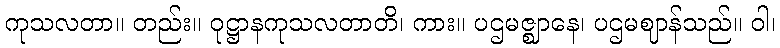
ကုသလတာ။ တည်း။ ဝုဋ္ဌာနကုသလတာတိ၊ ကား။ ပဌမဇ္ဈာနေ၊ ပဌမဈာန်သည်။ ဝါ၊